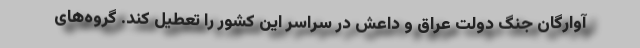
آوارگان جنگ دولت عراق و داعش در سراسر این کشور را تعطیل کند. گروه‌های